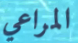
المراعي